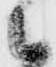
候